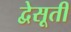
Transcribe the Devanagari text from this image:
द्वेसूती